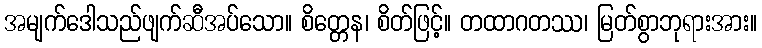
အမျက်ဒေါသည်ဖျက်ဆီအပ်သော။ စိတ္တေန၊ စိတ်ဖြင့်။ တထာဂတဿ၊ မြတ်စွာဘုရားအား။